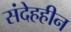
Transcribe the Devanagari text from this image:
संदेहहीन